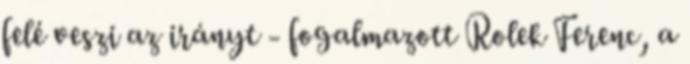
felé veszi az irányt - fogalmazott Rolek Ferenc, a